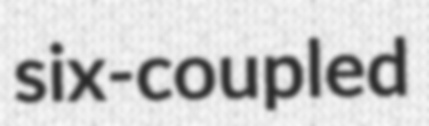
six-coupled